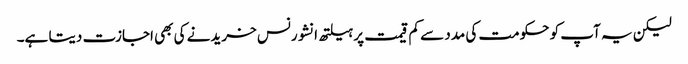
لیکن یہ آپ کو حکومت کی مدد سے کم قیمت پر ہیلتھ انشورنس خریدنے کی بھی اجازت دیتا ہے۔